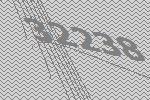
32238